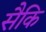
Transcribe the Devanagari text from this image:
सैकि